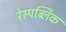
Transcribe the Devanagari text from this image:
रेस्पब्लिक